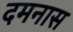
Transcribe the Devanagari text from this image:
दमनास